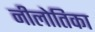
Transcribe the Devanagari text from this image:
नीलोतिका